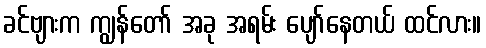
ခင်ဗျားက ကျွန်တော် အခု အရမ်း ပျော်နေတယ် ထင်လား။